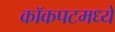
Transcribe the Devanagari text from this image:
कॉकपटमध्ये